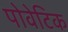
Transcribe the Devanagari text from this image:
पोवेटिक